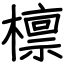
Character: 檩